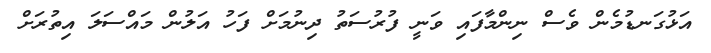
އަޅުގަނޑުމެން ވެސް ނިންމާފައި ވަނީ ފުރުސަތު ދިނުމަށް ފަހު އަލުން މައްސަލަ އިތުރަށް